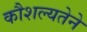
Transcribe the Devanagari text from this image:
कौशल्यतेने